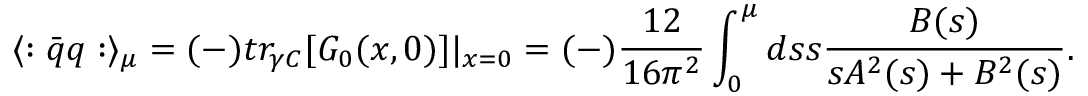
\langle : \bar { q } q : \rangle _ { \mu } = ( - ) t r _ { \gamma C } [ G _ { 0 } ( x , 0 ) ] | _ { x = 0 } = ( - ) \frac { 1 2 } { 1 6 \pi ^ { 2 } } \int _ { 0 } ^ { \mu } d s s \frac { B ( s ) } { s A ^ { 2 } ( s ) + B ^ { 2 } ( s ) } .